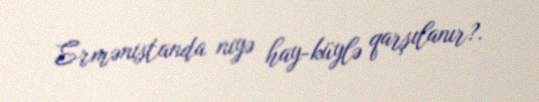
Ermənistanda niyə hay-küylə qarşılanır?.